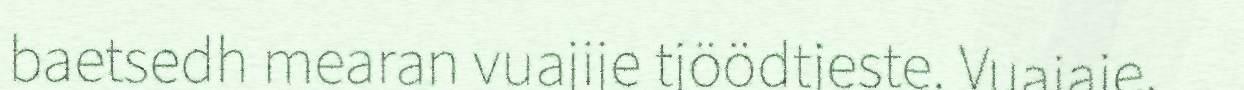
baetsedh mearan vuajije tjöödtjeste. Vuajaje,